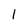
Character: 1